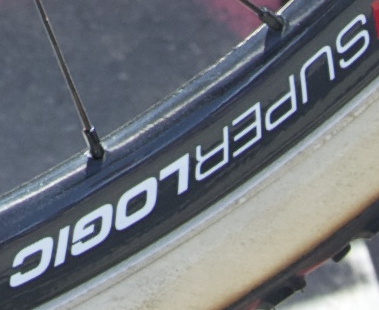
SUPERLOGIC